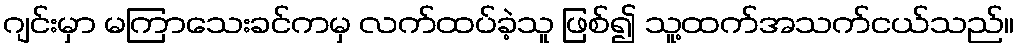
ဂျင်းမှာ မကြာသေးခင်ကမှ လက်ထပ်ခဲ့သူ ဖြစ်၍ သူ့ထက်အသက်ငယ်သည်။